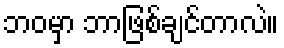
ဘဝမှာ ဘာဖြစ်ချင်တာလဲ။